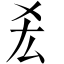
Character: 𠫤